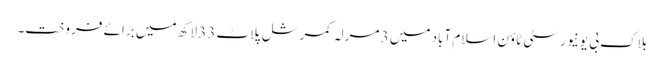
بلاک بی یونیورسٹی ٹاؤن اسلام آباد میں 3 مرلہ کمرشل پلاٹ 33 لاکھ میں برائے فروخت۔